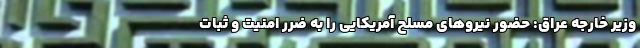
وزیر خارجه عراق: حضور نیروهای مسلح آمریکایی را به ضرر امنیت و ثبات